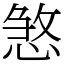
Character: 𢞀